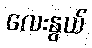
လေးနွယ်